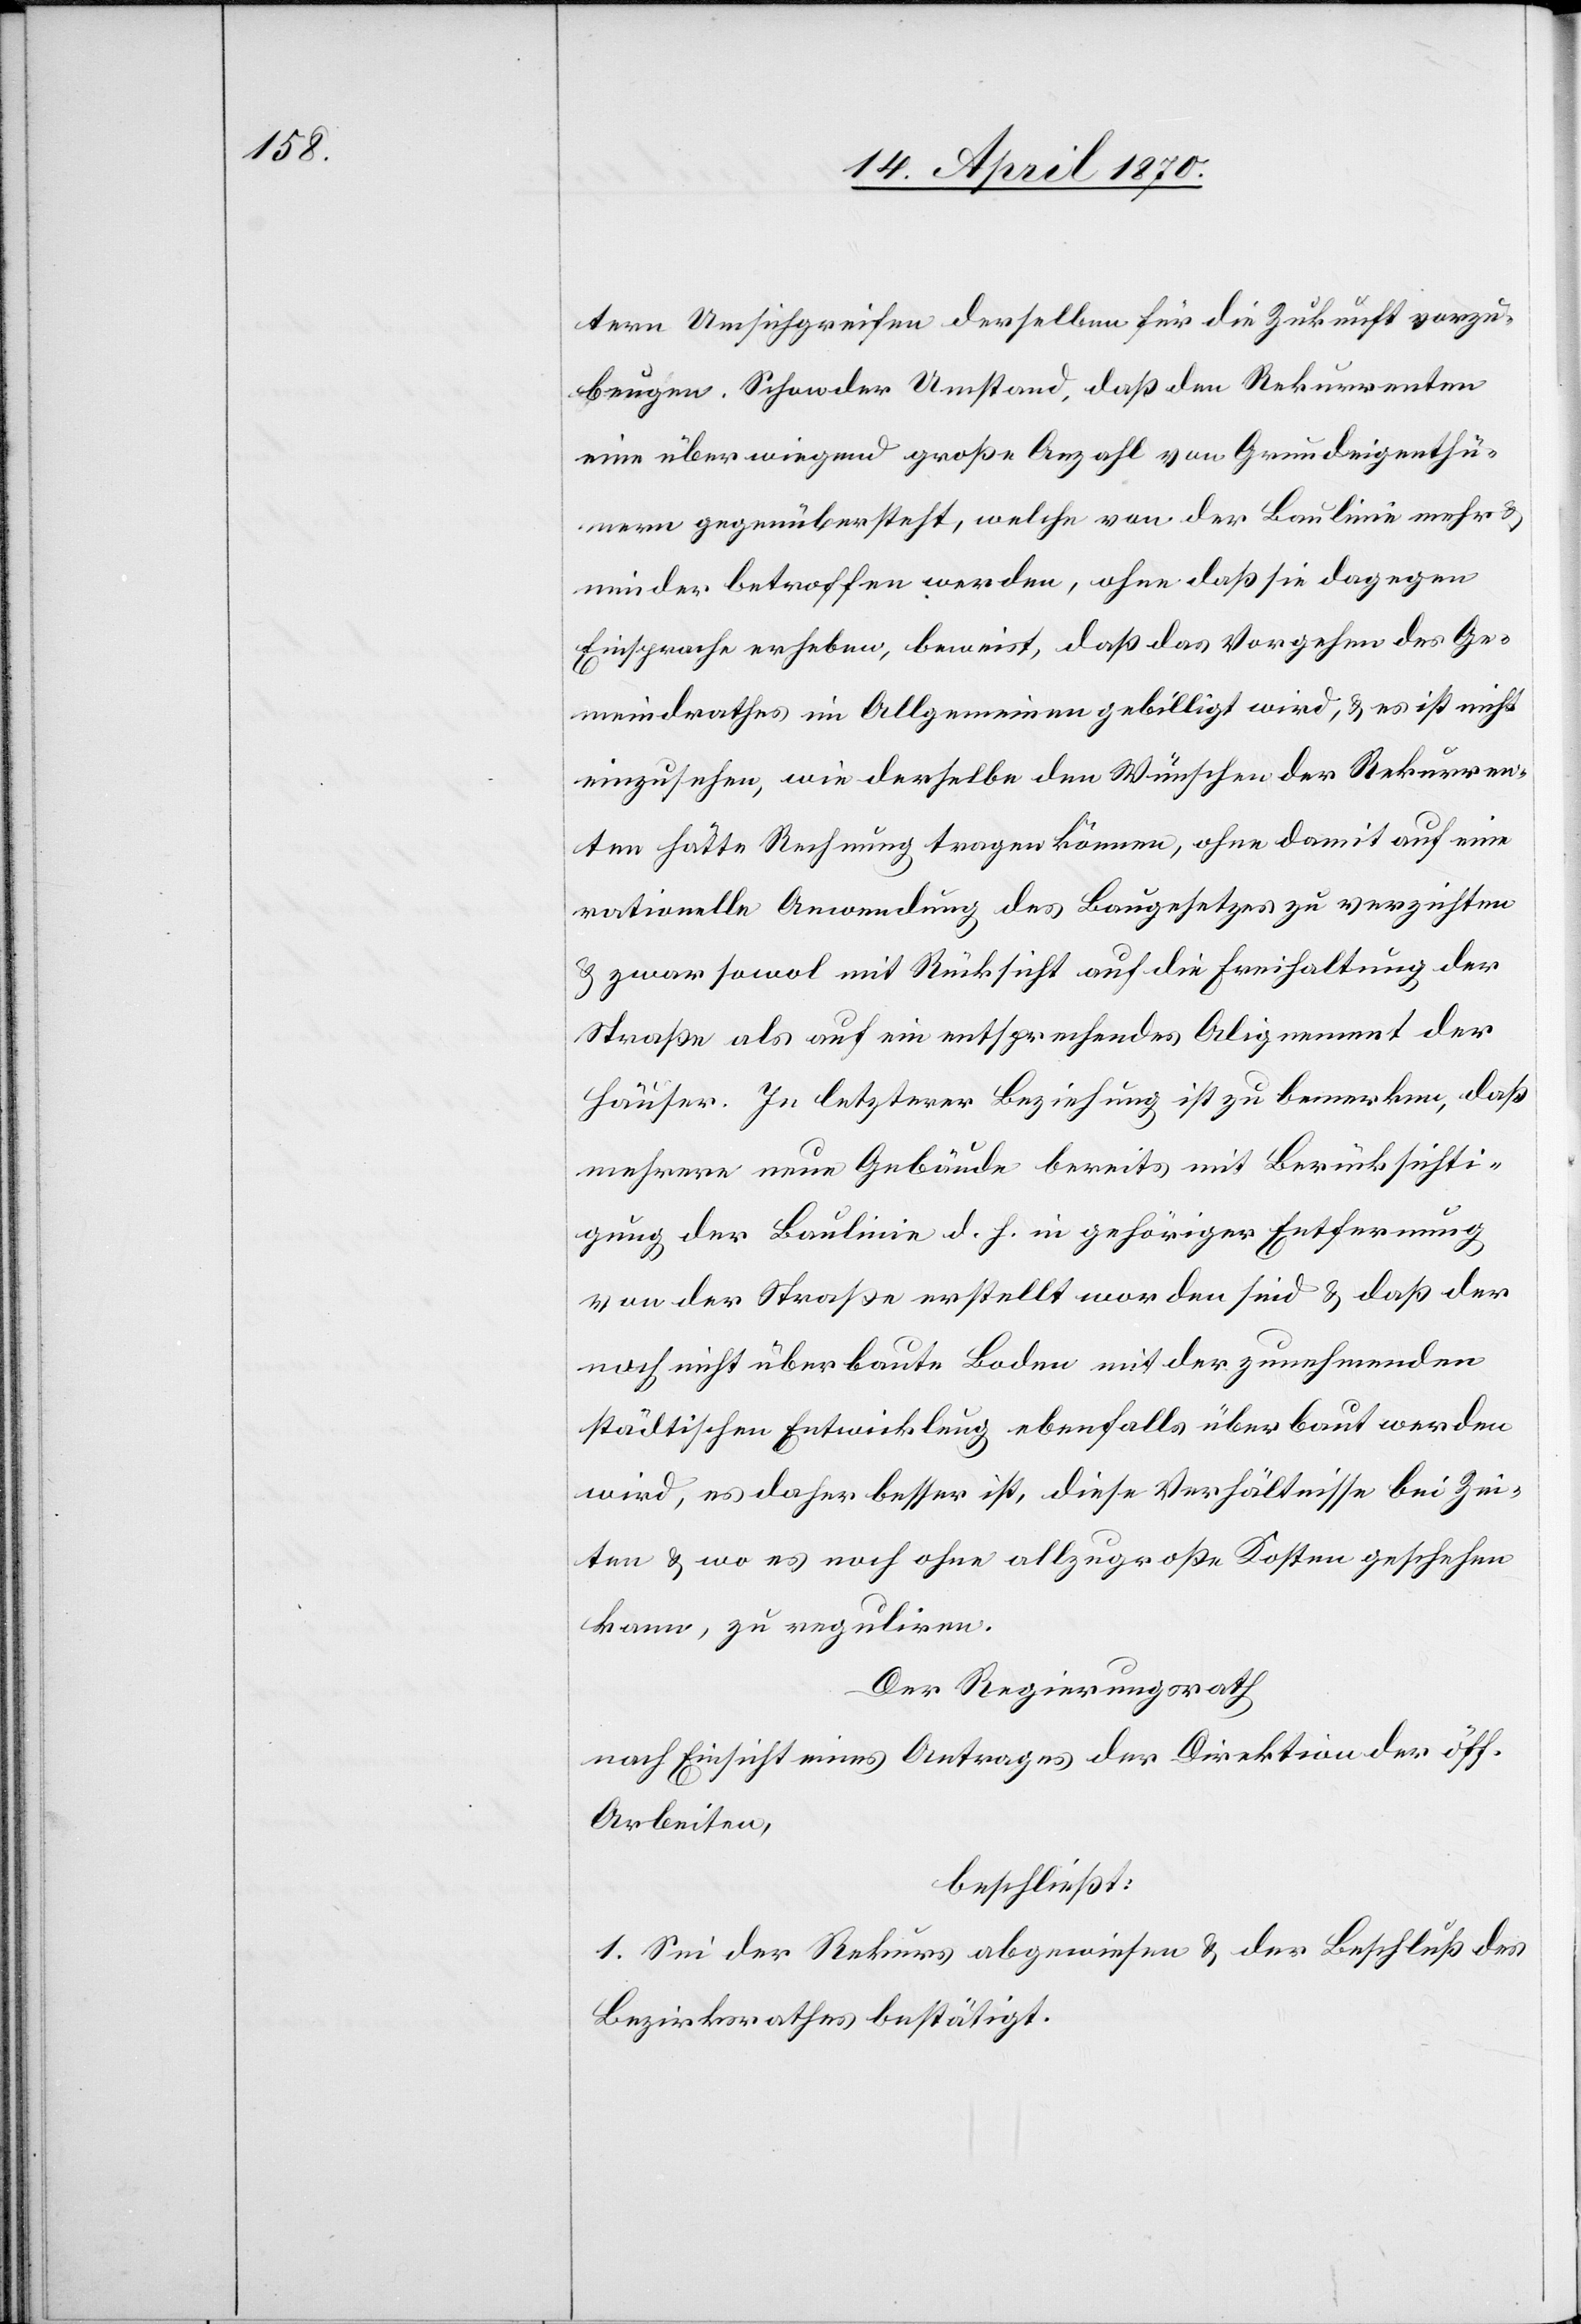
tern Umsichgreifen derselben für die Zukunft vorzu¬
beugen. Schon der Umstand, daß den Rekurrenten
eine überwiegend große Anzahl von Grundeigenthü¬
mern gegenübersteht, welche von der Baulinie mehr &
minder betroffen werden, ohne daß sie dagegen
Einsprache erheben, beweist, daß das Vorgehen des Ge¬
meindrathes im Allgemeinen gebilligt wird, & es ist nicht
einzusehen, wie derselbe den Wünschen der Rekurren¬
ten hätte Rechnung tragen können, ohne damit auf eine
rationelle Anwendung des Baugesetzes zu verzichten
& zwar sowol mit Rücksicht auf die Freihaltung der
Straße als auf ein entsprechendes Alignement der
Häuser. In letzterer Beziehung ist zu bemerken, daß
mehrere neue Gebäude bereits mit Berücksichti¬
gung der Baulinie d. h. in gehöriger Entfernung
von der Straße erstellt worden sind & daß der
noch nicht überbaute Boden mit der zunehmenden
städtischen Entwicklung ebenfalls überbaut werden
wird, es daher besser ist, diese Verhältnisse bei Zei¬
ten & wo es noch ohne allzugroße Kosten geschehen
kann, zu reguliren.
Der Regierungsrath
nach Einsicht eines Antrages der Direktion der öff.
Arbeiten,
beschließt:
1. Sei der Rekurs abgewiesen & der Beschluß des
Bezirksrathes bestätigt.